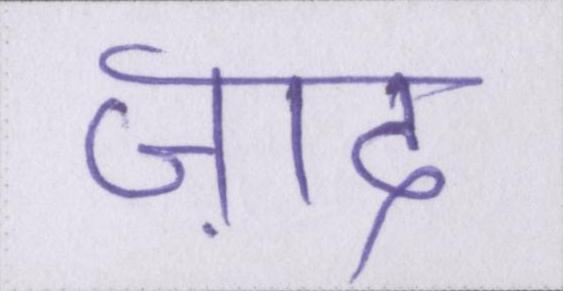
ज़ाद